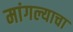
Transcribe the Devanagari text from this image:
मांगल्याचा